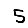
Digit: 5